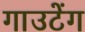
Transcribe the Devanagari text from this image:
गाउटेंग